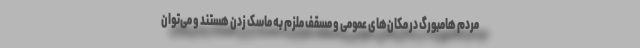
مردم هامبورگ در مکان‌های عمومی و مسقف ملزم به ماسک زدن هستند و می‌توان